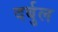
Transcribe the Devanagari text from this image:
दर्बुल